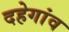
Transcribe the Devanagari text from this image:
दहेगांव